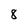
Character: 8